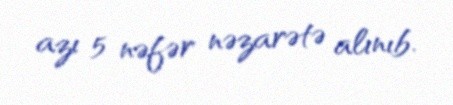
azı 5 nəfər nəzarətə alınıb.